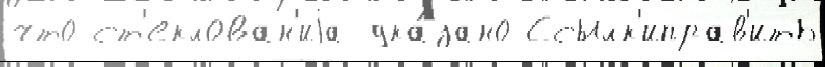
что ст'еклован'иjа ука́зано Ссылк'иправ'ить